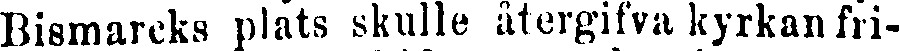
Bismarcks plats skulle återgifva kyrkan fri-